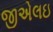
જીએલઇ